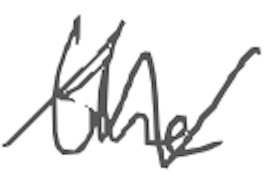
Text: the
Cross-out: zig-zag
Writing tool: digital_gray